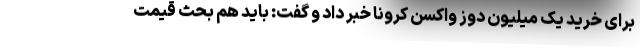
برای خرید یک میلیون دوز واکسن کرونا خبر داد و گفت: باید هم بحث قیمت